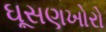
ઘૂસણખોરો